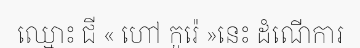
ឈ្មោះ ជី « ហៅ កូរ៉េ »នេះ ដំណើការ